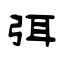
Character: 弭